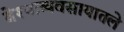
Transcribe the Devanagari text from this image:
वेश्याव्यवसायातले